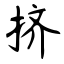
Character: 挤